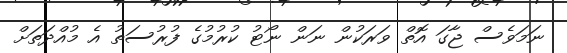
ނަމަވެސް ޖާގަ އޮތް ވަރަކުން ނަން ނޯޓު ކުރުމުގެ ފުރުސަތު އެ މުއްދަތަށް